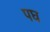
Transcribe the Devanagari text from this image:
पघ